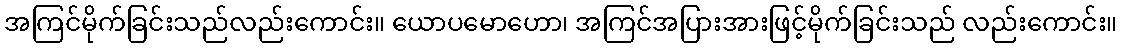
အကြင်မိုက်ခြင်းသည်လည်းကောင်း။ ယောပမောဟော၊ အကြင်အပြားအားဖြင့်မိုက်ခြင်းသည် လည်းကောင်း။